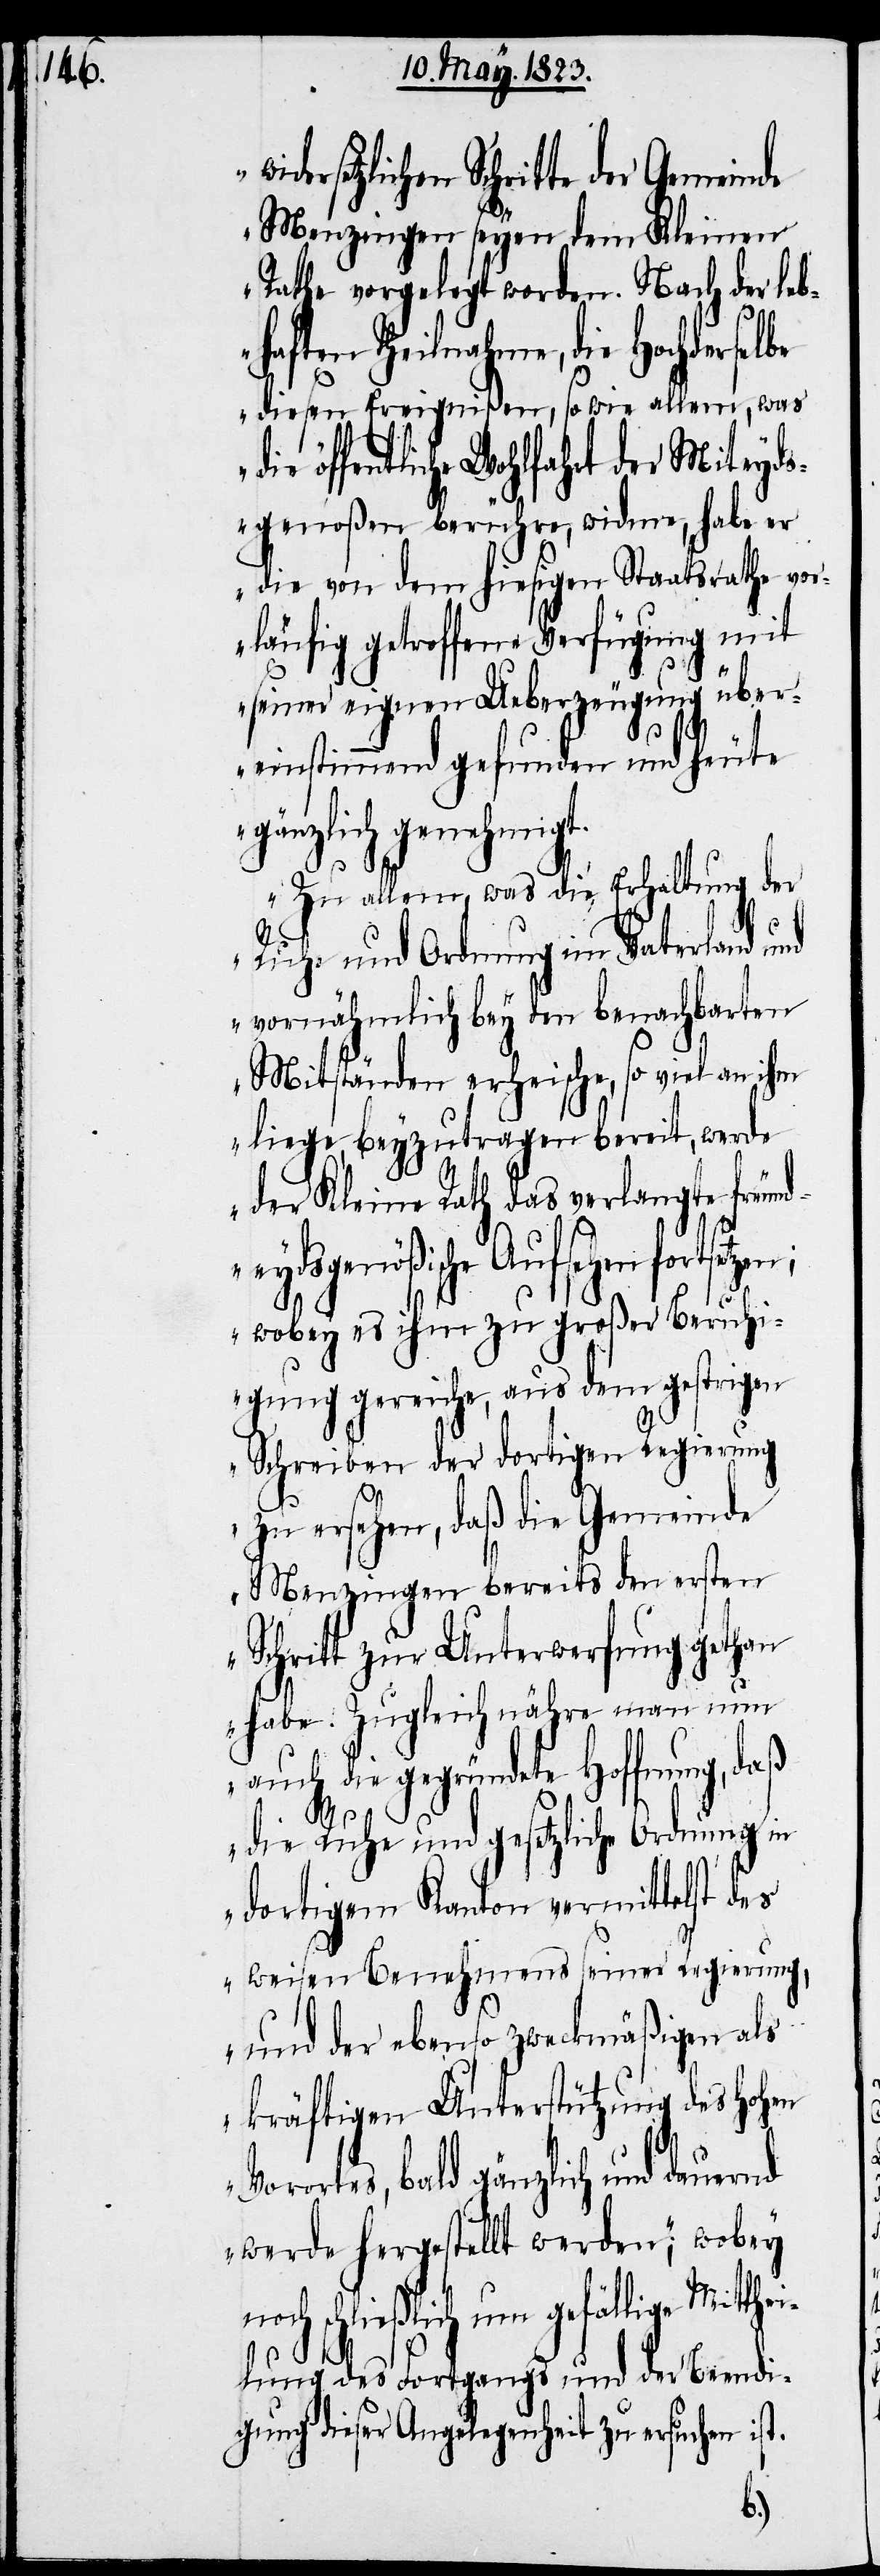
ersetzlichen Schritte der Gemeinde
Menzingen seyen dem Kleinen
Rathe vorgelegt worden. Nach der leb¬
haften Theilnahme, die Hochderselbe
diesen Ereignißen, so wie allem, was
öffentliche Wohlfahrt der Miteyds¬
genoßen berühre, widme, habe er
die von dem hiesigen Staatsrathe vo¬
rläufig getroffene Verfügung mit
seiner eignen Ueberzeugung über¬
thei¬
einstimmend gefunden und heute
gänzlich genehmigt.
Zu allem, was die Erhaltung der
Ruhe und Ordnung im Vaterland und
vornähmlich bey den benachbarten
Mitständen erheische, so viel an ihm
liege, beyzutragen bereit, werde
der Kleine Rath das verlangte freun¬
deydsgenößische Aufsehen fortset¬
wobey es ihm zu großer Beruhi¬
gung gereiche, aus dem gestrigen
Schreiben der dortigen Regierung
zu ersehen, daß die Gemeinde
Menzingen bereits den ersten
Schritt zur Unterwerfung gethan
habe. Zugleich nähre man nun
auch die gegründete Hoffnung,
die Ruhe und gesetzliche Ordnung in
dortigem Kanton vermittelst des
weisen Benehmens seiner Regierung,
und der ebenso zweckmäßigen als
kräftigen Unterstützung des hohen
Vorortes, bald gänzlich und dauernd
werde hergestellt werden“; wobey
schließlich um gefällige
lung des Fortgangs und der Beendi¬
gung dieser Angelegenheit zu ersuchen ist.